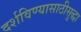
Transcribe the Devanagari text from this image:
दर्शविण्यासाठीसुद्धा